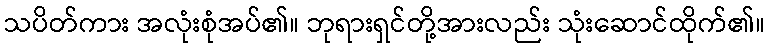
သပိတ်ကား အလုံးစုံအပ်၏။ ဘုရားရှင်တို့အားလည်း သုံးဆောင်ထိုက်၏။